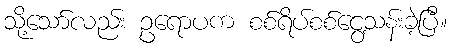
သို့သော်လည်း ဥရောပက စစ်ရိပ်စစ်ငွေ့သန်းခဲ့ပြီ။